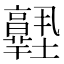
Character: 𡔊